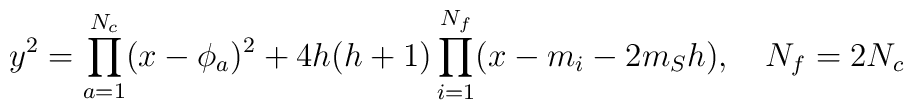
y^2=\prod_{a=1}^{N_c}(x-\phi_a)^2+4h(h+1)\prod_{i=1}^{N_f}(x-m_i-2m_S h),  ~~~N_f=2N_c